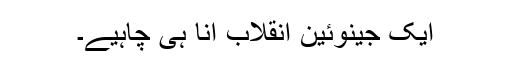
ایک جینوئین انقلاب آنا ہی چاہیے۔